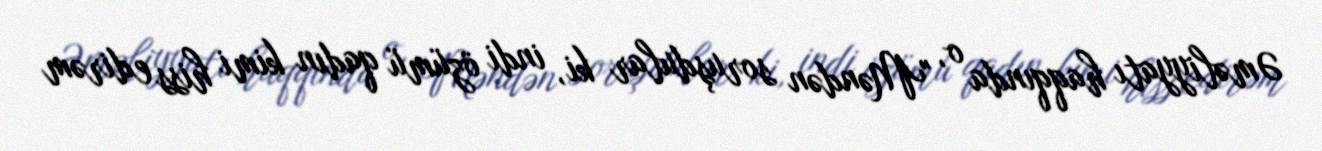
Əməliyyatı haqqında o, "Məndən soruşdular ki, indi özümü qadın kimi hiss edirəm